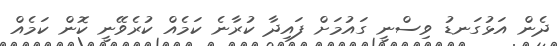
ދެން އަޅުގަނޑު ވިސްނީ ގައުމަށް ފައިދާ ކުރާނެ ކަމެއް ކުރެވޭނީ ކޮން ކަމެއް